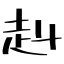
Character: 赳